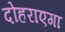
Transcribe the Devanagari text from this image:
दोहराएगा